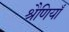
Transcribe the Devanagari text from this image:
श्रैणियाँ